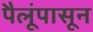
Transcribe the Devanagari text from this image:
पैलूंपासून